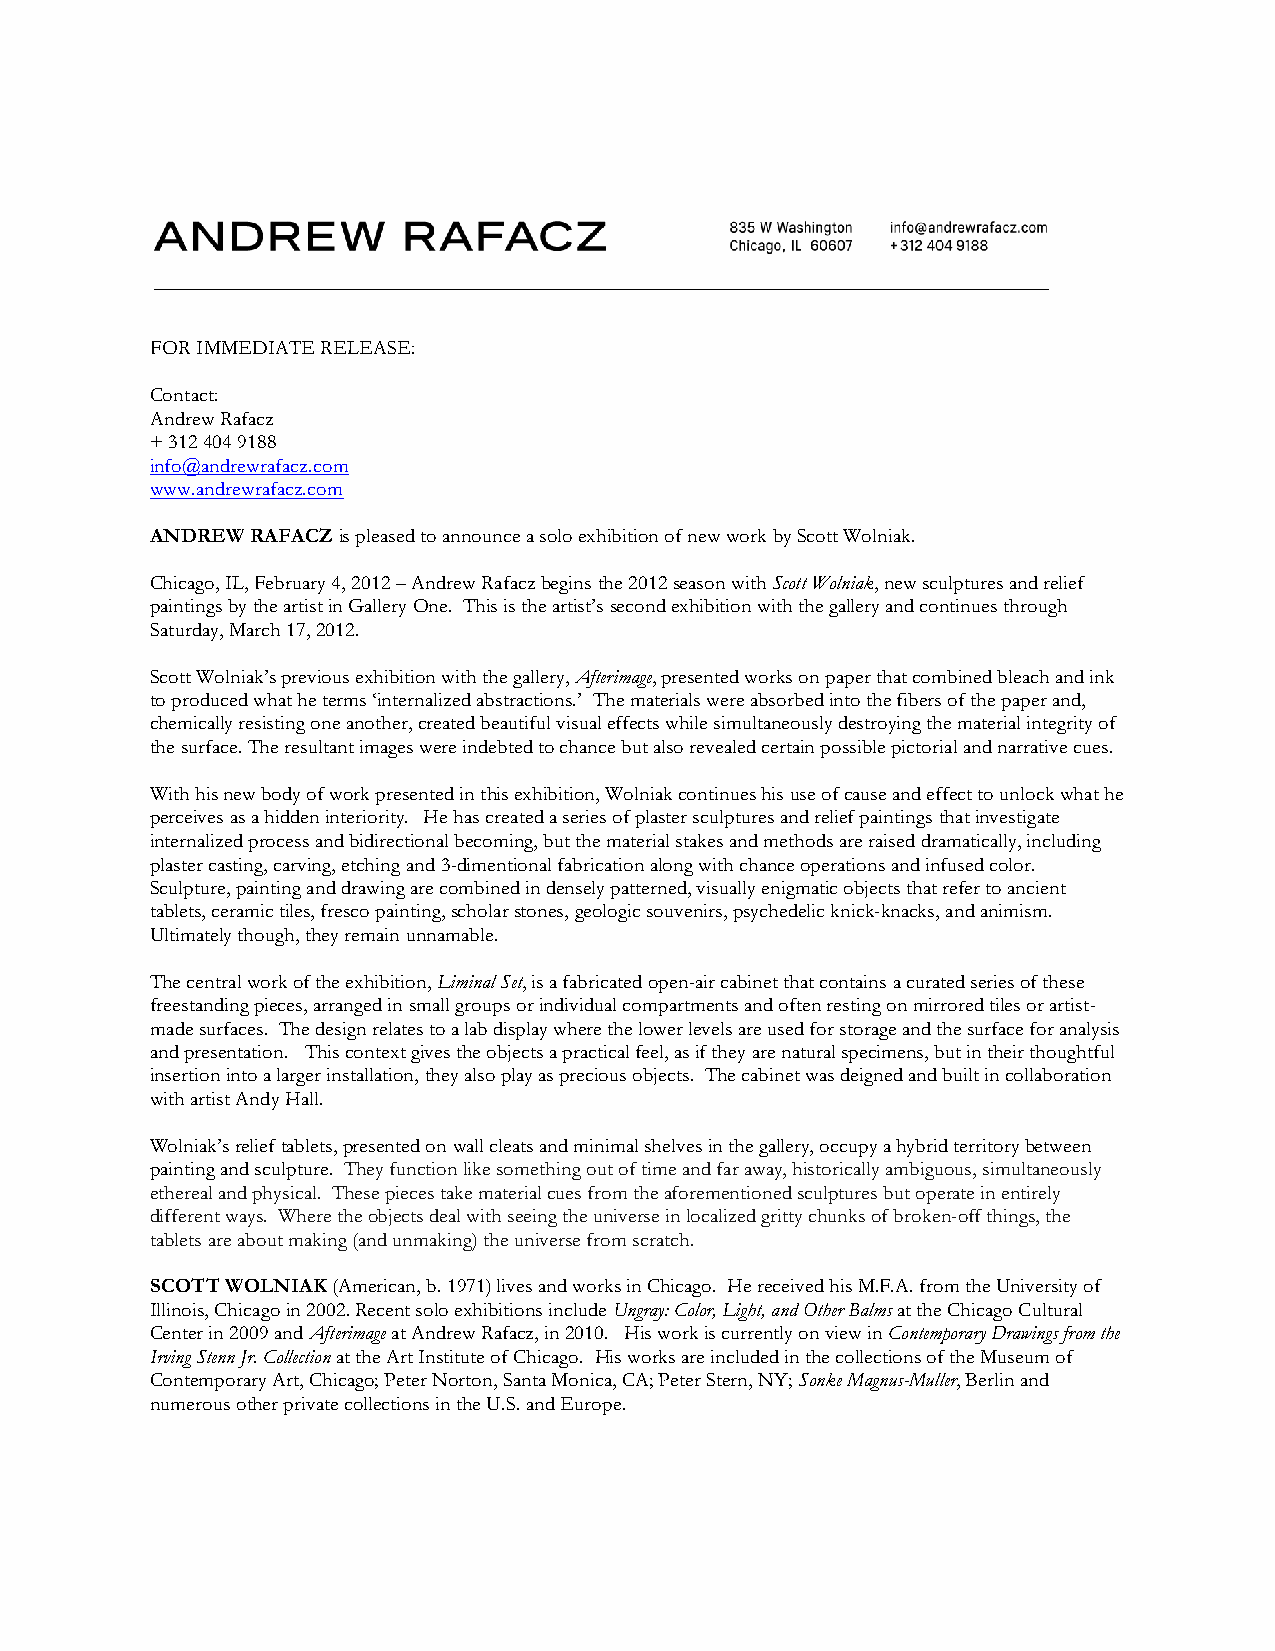
FOR IMMEDIATE RELEASE:
 Contact:
 Andrew Rafacz
 + 312 404 9188
 info@andrewrafacz.com
 www.andrewrafacz.com
 ANDREW RAFACZ is pleased to announce a solo exhibition of new work by Scott Wolniak.
 Chicago, IL, February 4, 2012 – Andrew Rafacz begins the 2012 season with Scott Wolniak, new sculptures and relief
 paintings by the artist in Gallery One. This is the artist’s second exhibition with the gallery and continues through
 Saturday, March 17, 2012.
 Scott Wolniak’s previous exhibition with the gallery, Afterimage, presented works on paper that combined bleach and ink
 to produced what he terms ‘internalized abstractions.’ The materials were absorbed into the fibers of the paper and,
 chemically resisting one another, created beautiful visual effects while simultaneously destroying the material integrity of
 the surface. The resultant images were indebted to chance but also revealed certain possible pictorial and narrative cues.
 With his new body of work presented in this exhibition, Wolniak continues his use of cause and effect to unlock what he
 perceives as a hidden interiority. He has created a series of plaster sculptures and relief paintings that investigate
 internalized process and bidirectional becoming, but the material stakes and methods are raised dramatically, including
 plaster casting, carving, etching and 3-dimentional fabrication along with chance operations and infused color.
 Sculpture, painting and drawing are combined in densely patterned, visually enigmatic objects that refer to ancient
 tablets, ceramic tiles, fresco painting, scholar stones, geologic souvenirs, psychedelic knick-knacks, and animism.
 Ultimately though, they remain unnamable.
 The central work of the exhibition, Liminal Set, is a fabricated open-air cabinet that contains a curated series of these
 freestanding pieces, arranged in small groups or individual compartments and often resting on mirrored tiles or artist-
 made surfaces. The design relates to a lab display where the lower levels are used for storage and the surface for analysis
 and presentation. This context gives the objects a practical feel, as if they are natural specimens, but in their thoughtful
 insertion into a larger installation, they also play as precious objects. The cabinet was deigned and built in collaboration
 with artist Andy Hall.
 Wolniak’s relief tablets, presented on wall cleats and minimal shelves in the gallery, occupy a hybrid territory between
 painting and sculpture. They function like something out of time and far away, historically ambiguous, simultaneously
 ethereal and physical. These pieces take material cues from the aforementioned sculptures but operate in entirely
 different ways. Where the objects deal with seeing the universe in localized gritty chunks of broken-off things, the
 tablets are about making (and unmaking) the universe from scratch.
 SCOTT WOLNIAK (American, b. 1971) lives and works in Chicago. He received his M.F.A. from the University of
 Illinois, Chicago in 2002. Recent solo exhibitions include Ungray: Color, Light, and Other Balms at the Chicago Cultural
 Center in 2009 and Afterimage at Andrew Rafacz, in 2010. His work is currently on view in Contemporary Drawings from the
 Irving Stenn Jr. Collection at the Art Institute of Chicago. His works are included in the collections of the Museum of
 Contemporary Art, Chicago; Peter Norton, Santa Monica, CA; Peter Stern, NY; Sonke Magnus-Muller, Berlin and
 numerous other private collections in the U.S. and Europe.